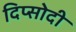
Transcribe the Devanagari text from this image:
दिप्सोदी